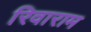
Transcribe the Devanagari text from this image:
रिवाराम